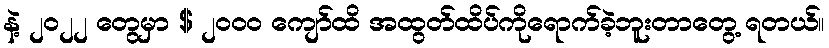
နဲ့ ၂၀၂၂ တွေမှာ $ ၂၀၀၀ ကျော်ထိ အထွတ်ထိပ်ကိုရောက်ခဲ့ဘူးတာတွေ့ ရတယ်။